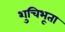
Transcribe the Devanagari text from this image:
शुचिभूता